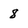
Character: 8